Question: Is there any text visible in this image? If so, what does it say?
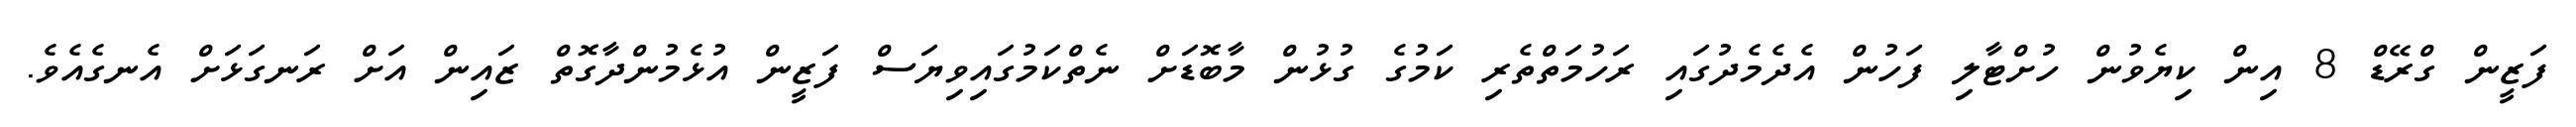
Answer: ފަޒީން ގްރޭޑް 8 އިން ކިޔެވުން ހުށްޓާލި ފަހުން އެދެމެދުގައި ރަހުމަތްތެރި ކަމުގެ ގުޅުން މާބޮޑަށް ނެތްކަމުގައިވިޔަސް ފަޒީން އުޅެމުންދާގޮތް ޒައިން އަށް ރަނގަޅަށް އެނގެއެވެ.